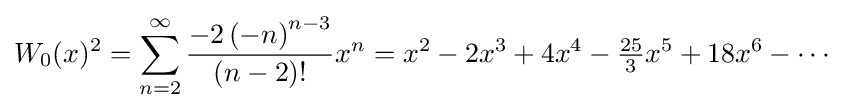
W_{0}(x)^{2}=\sum _{n=2}^{\infty }{\frac {-2\left(-n\right)^{n-3}}{(n-2)!}}x^{n}=x^{2}-2x^{3}+4x^{4}-{\tfrac {25}{3}}x^{5}+18x^{6}-\cdots